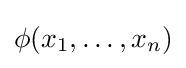
\phi (x_{1},\ldots ,x_{n})